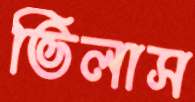
ভিলাস